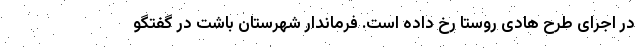
در اجرای طرح هادی روستا رخ داده است. فرماندار شهرستان باشت در گفتگو